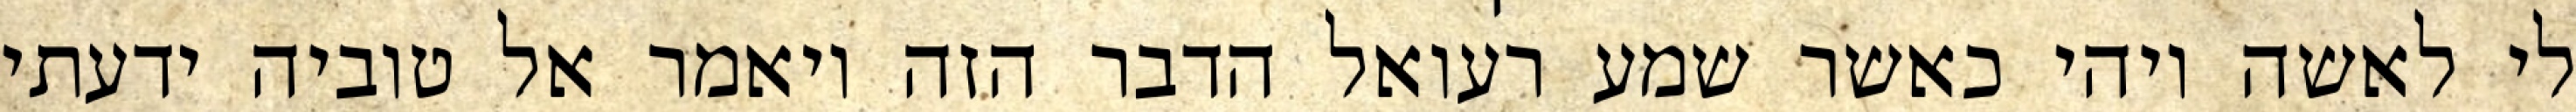
לי לאשה ויהי כאשר שמע רעואל הדבר הזה ויאמר אל טוביה ידעתי